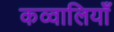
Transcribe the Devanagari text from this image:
कव्वालियाँ